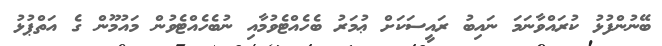
ބޭނުންފުޅު ކުރައްވާނަމަ ނައިބު ރައީސަކަށް ޢުމަރު ބެހެއްޓެވުމާއި ނުބެހެއްޓެވުން މައުމޫން ގެ އަތްޕުޅު